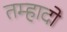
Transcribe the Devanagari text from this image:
तम्हादो